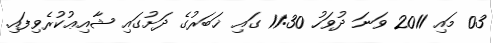
03 މައި 2011 ވަނަ ދުވަހު 11:30 ގައި ޚަބަރުގެ ދަށުގައި ޝާއިޢުކުރެވިފައި.